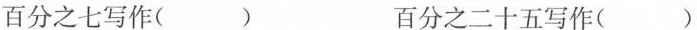
百分之七写作( ) 百分之二十五写作( )